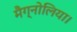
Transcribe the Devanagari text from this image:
मैग्नोलिया।